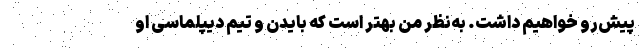
پیشِ‌رو خواهیم داشت. به‌نظر من بهتر است که بایدن و تیم دیپلماسی او